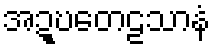
အဍ္ဎတေဠသာနံ